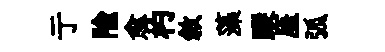
亍隃愈杓敘藻蹤厓弧